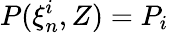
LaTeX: P(\xi_{n}^{i},Z)=P_{i}